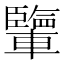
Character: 𨏊